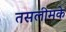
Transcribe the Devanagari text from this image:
तसलीमके